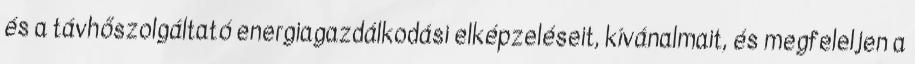
és a távhőszolgáltató energiagazdálkodási elképzeléseit, kívánalmait, és megfeleljen a